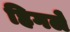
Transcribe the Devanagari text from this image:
हिगले